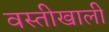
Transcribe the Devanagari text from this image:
वस्तीखाली